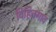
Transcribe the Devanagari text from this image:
विहितगाव